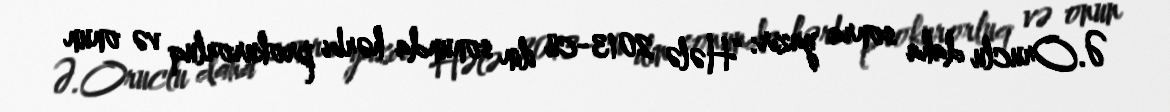
Ə.Oruclu daha sonra yazır: “Hələ 2013-cü ilin sonunda hərbi prokurorluq və onun